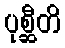
ပုစ္ဆီတိ